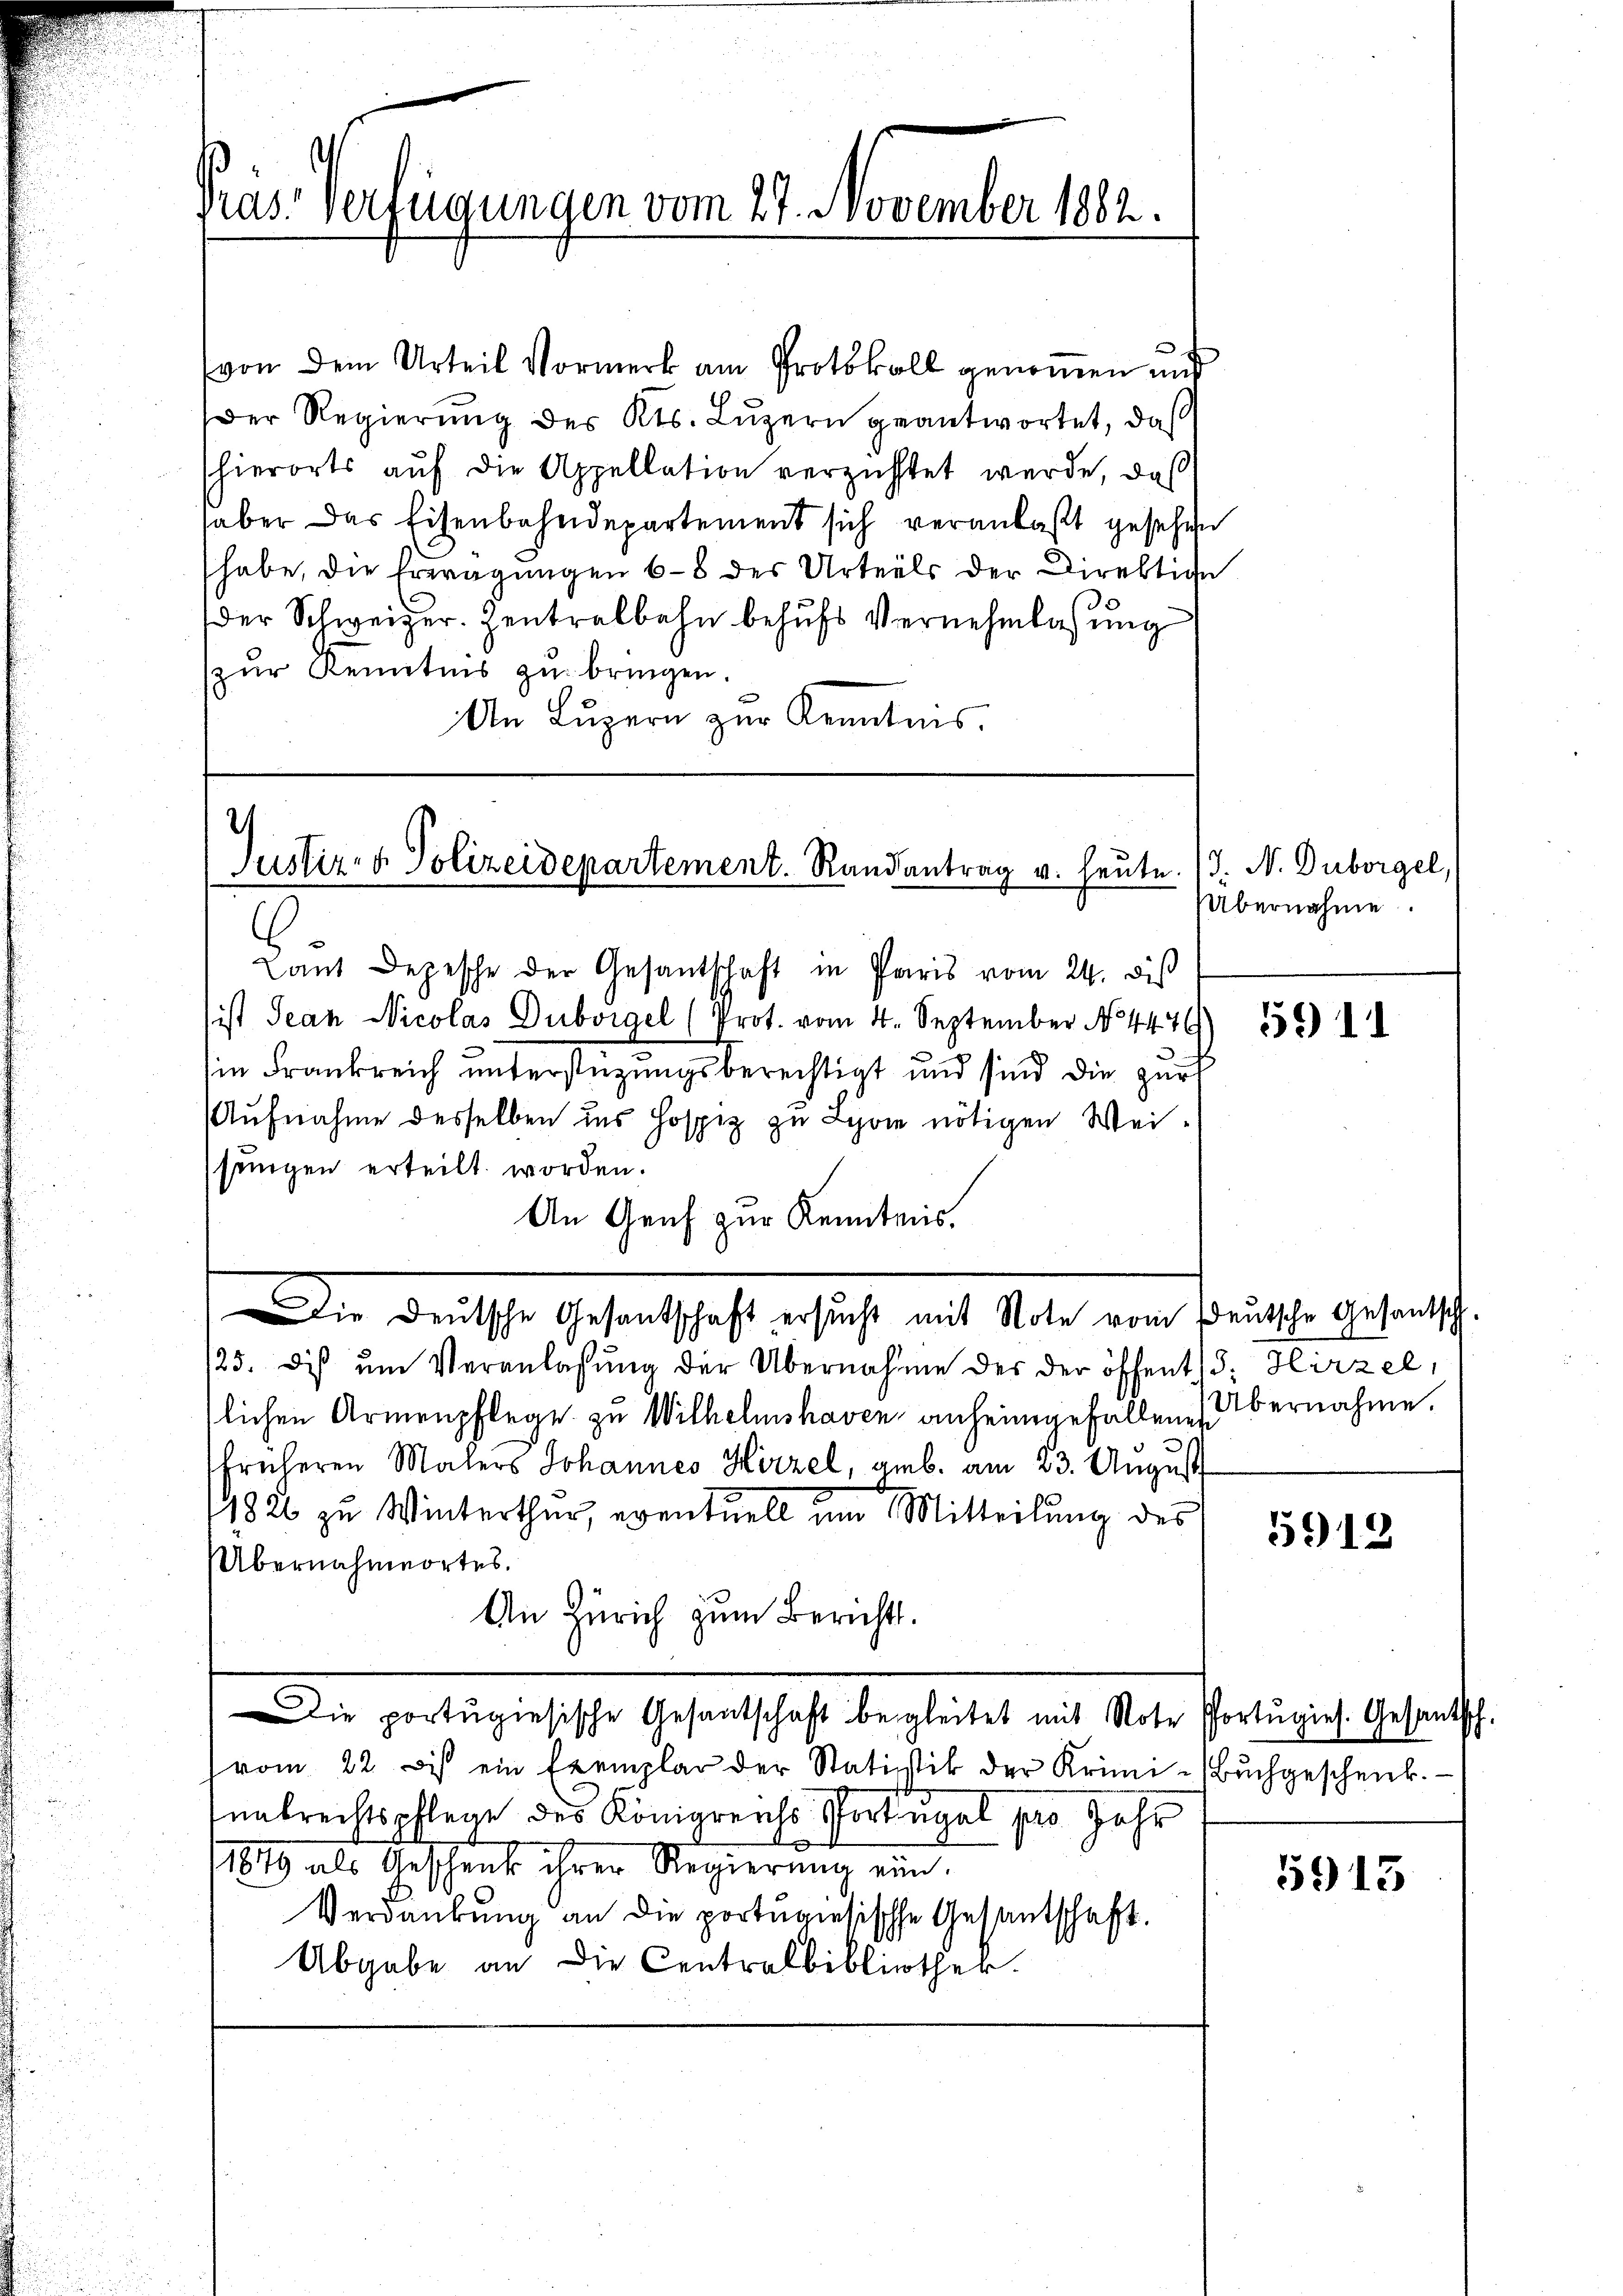
Pras. Verfügungen vom 27. November 1882.

von dem Urteil Vormerk am Protokoll genommen und
Der Regierung des Kts. Luzern geantwortet, daß
hierorts auf die Appellation verzichtet werde, daß
haber das Eisenbahndepartement sich veranlaßt gesehen
habe, die Erwägungen 68 des Urteils der Direktion
der Schweizer. Zentralbahn behufs Vernehmlassung
zur Kenntnis zu bringen.
An Lŭzern zur Kenntnis.

2
Justiz- & Polizeidepartement. Randantrag v. heute. (T. N. Duborgel,

Laut Depesche der Gesantschaft in Paris vom 24. dis
ist Jean Nicolas Duboigel (Prot. vom 4. September N4479) 559) 11
in Frankreich unterstüzungsberechtigt und sind die zur
Aufnahme desselben ins Hospiz zu Lyon nötigen Weisungen erteilt worden.
An Genf zur Kenntnis.
Die Deutsche Gesandtschaft ersucht mit Unter von Ferielle des entsch
/23. dis ŭm Veranlassung der Übernahme des der öffent 15. Hirzel,
slichen Armenpflege zu Wilhelmshaven anheimgefallene Übernahme.
früheren Malers Johannes Hirzel, geb. am 23. August
1826 zu Winterthur, eventuell um Mitteilung des
Übernahmortes.
An Zürich zum Berichts.
Die portugisische Gesantschaft begleitet mit Note Portugies. Gesantsch.
vom 22. Des ein Exemplar der Statistik der Krimi-Bŭchgeschenk.
nabrechtspflege des Königreichs Porkugel pro Jahr
11819 als Geschenk ihrer Regierung ein
Verdankŭng an die portugisische Gesantschaft.
Abgabe an die Centralbibliothek.

Übernahme.

5919

5913